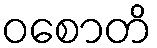
ဝစောတိ